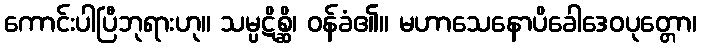
ကောင်းပါပြီဘုရားဟု။ သမ္ပဋိစ္ဆိ၊ ဝန်ခံ၏။ မဟာသေနောပိခေါဒေဝပုတ္တော၊